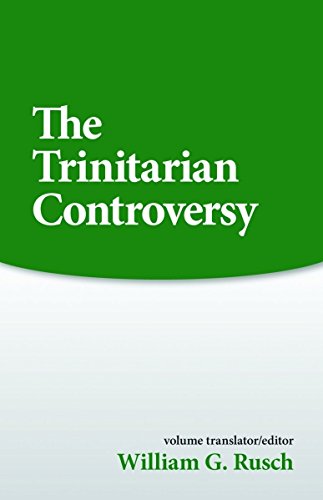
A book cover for The Trinitarian Controversy (Sources of Early Christian Thought); William C. Rusch; Christian Books & Bibles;